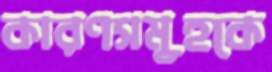
কারণসমূহকে